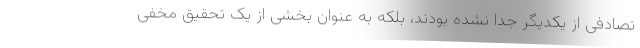
تصادفی از یکدیگر جدا نشده بودند، بلکه به عنوان بخشی از یک تحقیق مخفی